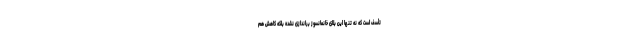
تأسف است که نه تنها این بلای خانمانسوز براندازی نشده بلکه کاهش هم